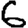
Digit: 6